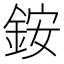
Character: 銨